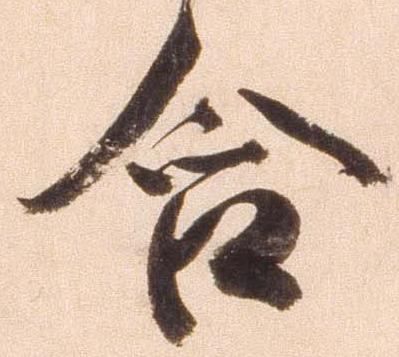
合